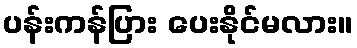
ပန်းကန်ပြား ပေးနိုင်မလား။